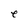
Character: e